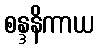
စန္ဒနိကာယ